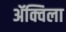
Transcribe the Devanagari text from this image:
ॲक्विला